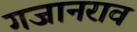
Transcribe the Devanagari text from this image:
गजानराव